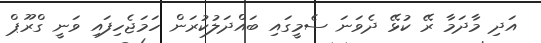
އަދި މާދަމާ ރޭ ކުޅޭ ދެވަނަ ސެމީގައި ބައްދަލުކުރަން ހަމަޖެހިފައި ވަނީ ގްރޫޕް